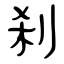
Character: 刹